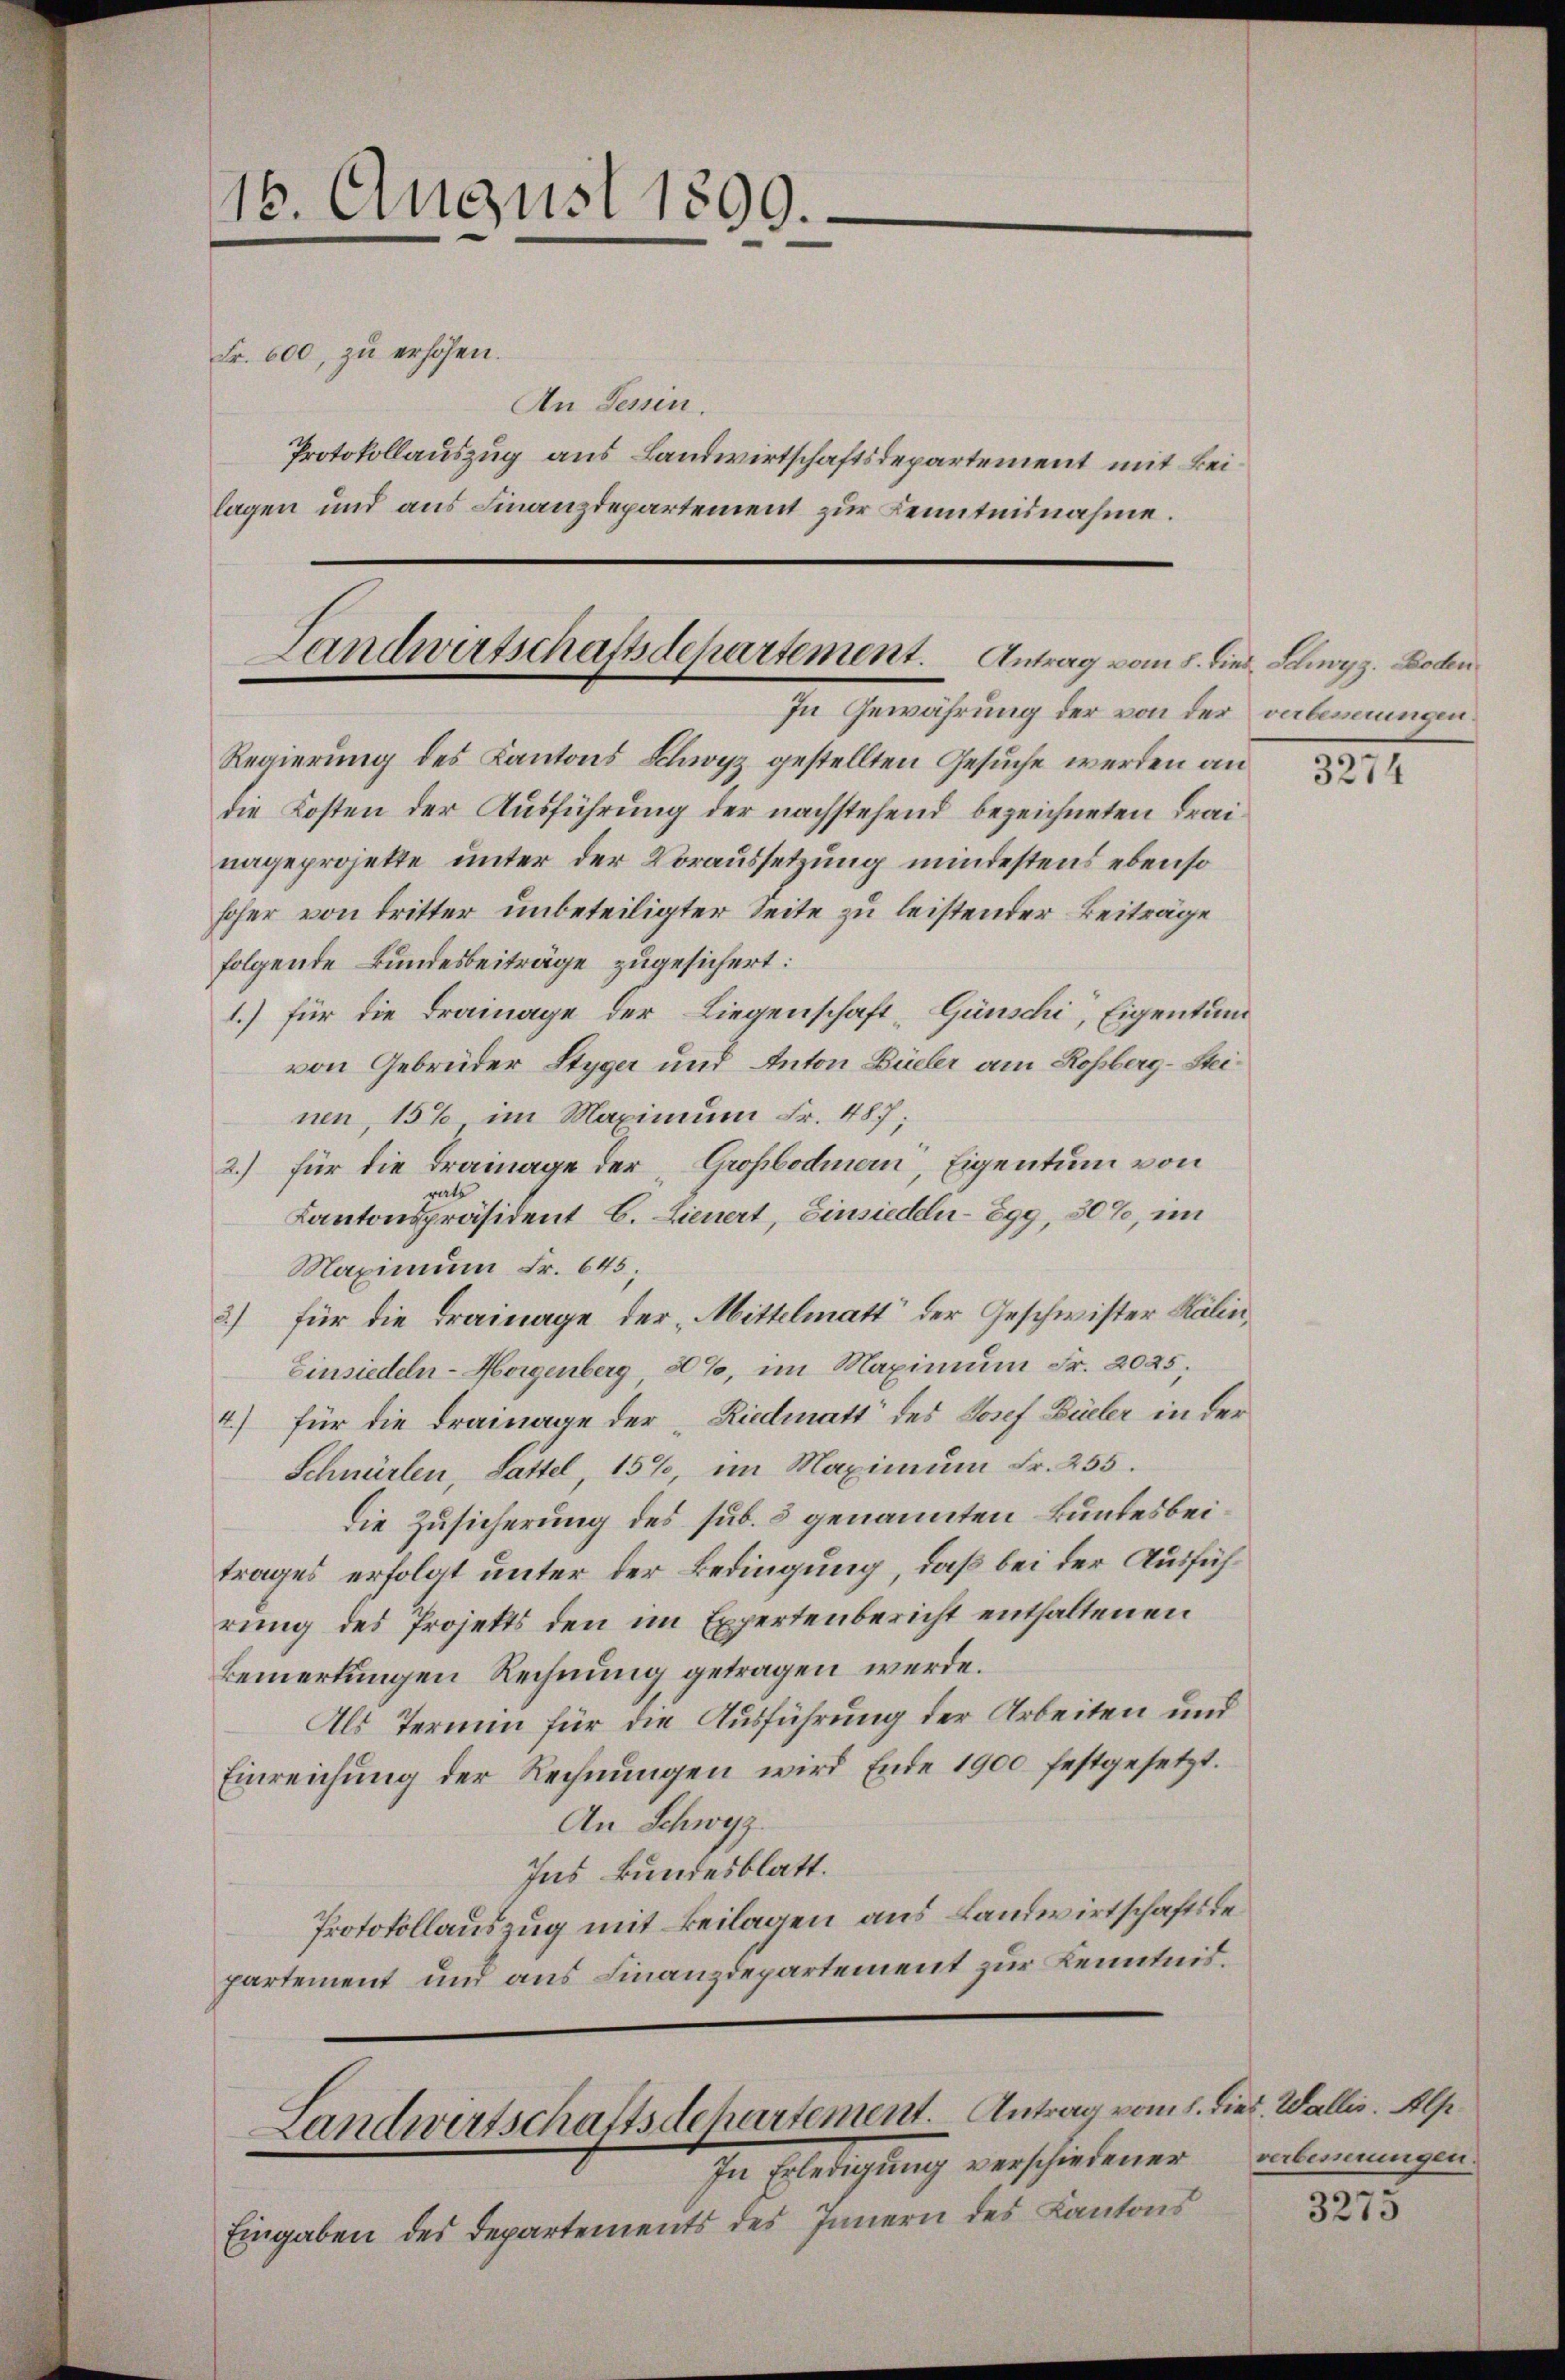
16. August 1899.

Landwirtschaftsdepartement. Antrag vom 8. dies. Schwyz. Boden
In Gewährung der von der abernungen.

Fr. 600, zu erhöhen.
An Tessin.
Protokollauszug aus Landwirtschaftsdepartement mit Beilagen und aus Finanzdepartement zur Kenntnisnahme.

Regierung des Kantons Klavyz gestellten Gesuche werden an
die Kosten der Ausführung der nachstehend bezeichneten Frainageprojekte unter der Voraussetzung mindestens ebenso
hoher von dritter unbeteiligter Seite zu leistender Beiträge
folgende Bundesbeiträge zugesichert:
1.) für die Drainage der Liegenschaft-Günschi, Eigentum
von Gebrüder Styger und Anton Büeler am Rossberg-Steinen, 15% im Maximum Fr. 487;
2.) für die Trainage der Großbodmern, Eigentum von
Kantonspräsident C. Lieuert, Einsiedeln-899, 30%, im
Maximum Fr. 645;
3) für die Trainage der Mittelmatt“ der Geschwister Kälin¬
Einsiedeln- Horgenberg 80%, im Maximum Fr. 2025;
4) für die Drainage der „Riedmatt des Josef Büeler in der
Schnürlen, Sattel, 15%, im Maximum Fr. 255.
Die Zusicherung des sub. 3 genannten Bundesbeitrages erfolgt unter der Bedingung, daß bei der Ausführung des Projekts den im Expertenbericht enthaltenen
Bemerkungen Rechnung getragen werde.
Als Termin für die Ausführung der Arbeiten und
Einreichung der Rechnŭngen wird Ende 1900 festgesetzt.
An Schwyz.
Ins kundesblatt.
Protokollauszug mit Beilagen aus Landwirtschaftsdepartement und aus Finanzdepartement zur Kenntnis.

Landwertschaftsdehartement Antrag vom 1. dies. Wallis. Alp
In Erledigung verschiedener

Eingaben des Departements des Innern des Kantons

3274

verbenerungen.

3275